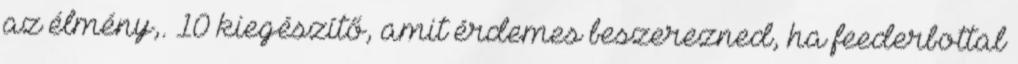
az élmény,. 10 kiegészítő, amit érdemes beszerezned, ha feederbottal